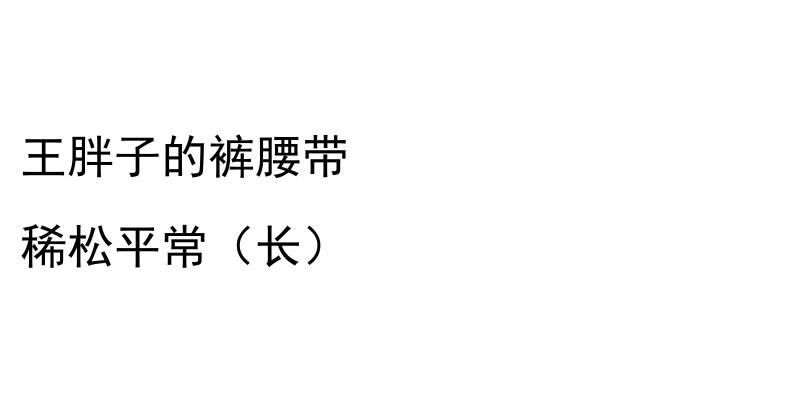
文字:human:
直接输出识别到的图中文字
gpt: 王胖子的裤腰带 稀松平常（长）